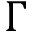
\Gamma